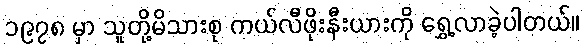
၁၉၇၈ မှာ သူတို့မိသားစု ကယ်လီဖိုးနီးယားကို ရွှေ့လာခဲ့ပါတယ်။